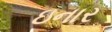
ઇનાર